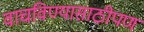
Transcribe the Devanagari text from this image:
वाचविण्यासाठीपण